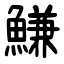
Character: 鰜